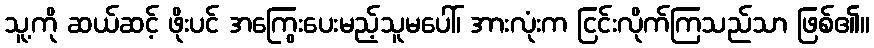
သူ့ကို ဆယ်ဆင့် ဖိုးပင် အကြွေးပေးမည့်သူမပေါ်၊ အားလုံးက ငြင်းလိုက်ကြသည်သာ ဖြစ်၏။